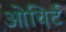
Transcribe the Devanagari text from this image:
ओचिर्ट